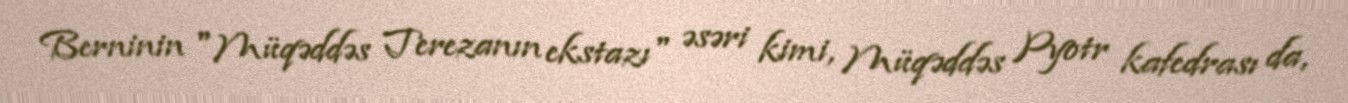
Berninin "Müqəddəs Terezanın ekstazı" əsəri kimi, Müqəddəs Pyotr kafedrası da,